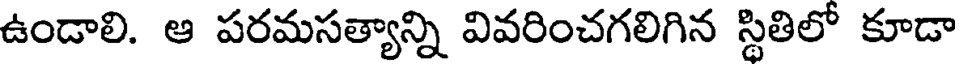
ఉండాలి. ఆ పరమసత్యాన్ని వివరించగలిగిన స్థితిలో కూడా